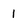
Character: 1